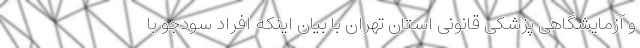
و آزمایشگاهی پزشکی قانونی استان تهران با بیان اینکه افراد سودجو با